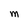
Character: m